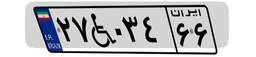
۲۷W۰۳۴۶۶